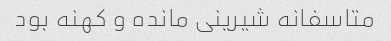
متاسفانه شیرینی مانده و کهنه بود